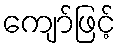
ကျော်ဖြင့်